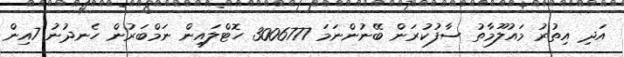
އަދި އިތުރު މައުލޫމާތު ސާފުކުރަން ބޭނުންނަމަ 3006777 ހޮޓްލައިން ނަމްބަރުން ހެނދުނު 7އިން